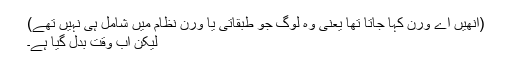
(انھیں اے ورن کہا جاتا تھا یعنی وہ لوگ جو طبقاتی یا ورن نظام میں شامل ہی نہیں تھے)
لیکن اب وقت بدل گیا ہے۔